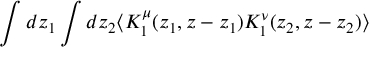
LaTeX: \int d z _ { 1 } \int d z _ { 2 } \langle K _ { 1 } ^ { \mu } ( z _ { 1 } , z - z _ { 1 } ) K _ { 1 } ^ { \nu } ( z _ { 2 } , z - z _ { 2 } ) \rangle